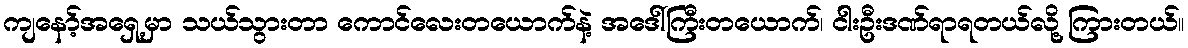
ကျနော့်အရှေ့မှာ သယ်သွားတာ ကောင်လေးတယောက်နဲ့ အဒေါ်ကြီးတယောက်၊ ငါးဦးဒဏ်ရာရတယ်လို့ ကြားတယ်။